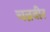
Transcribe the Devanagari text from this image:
चन्नवीर